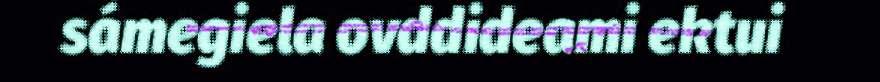
sámegiela ovddideami ektui